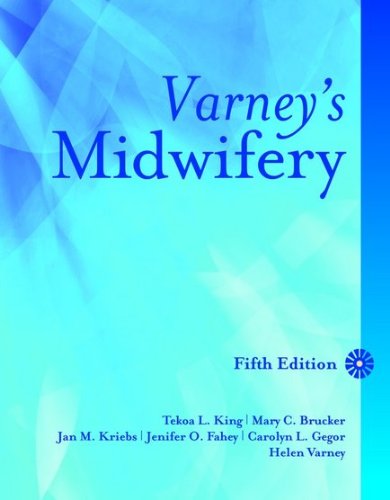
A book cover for Varney's Midwifery; Tekoa L. King; Parenting & Relationships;